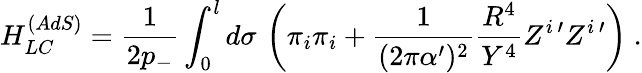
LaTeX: H_{LC}^{(AdS)}=\frac{1}{2p_{-}}\int_{0}^{l}d\sigma\, \left(\pi_{i}\pi_{i}+\frac{1}{(2\pi\alpha^{\prime})^{2}}\frac{R^{4}}{Y^{4}}Z^{i\, \prime}Z^{i\, \prime}\right)\ .